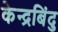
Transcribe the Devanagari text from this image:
केन्द्रबिंदु